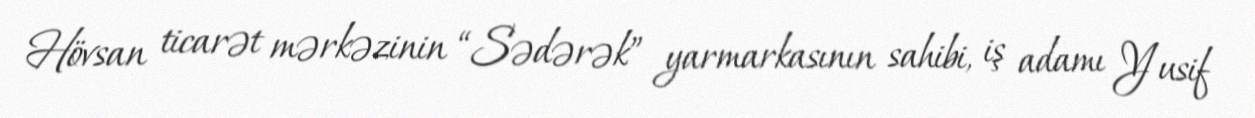
Hövsan ticarət mərkəzinin “Sədərək” yarmarkasının sahibi, iş adamı Yusif